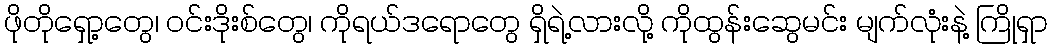
ဖိုတိုရှော့တွေ၊ ဝင်းဒိုးစ်တွေ၊ ကိုရယ်ဒရောတွေ ရှိရဲ့လားလို့ ကိုထွန်းဆွေမင်း မျက်လုံးနဲ့ ကြိုရှာ